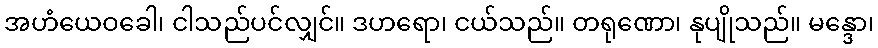
အဟံယေဝခေါ၊ ငါသည်ပင်လျှင်။ ဒဟရော၊ ငယ်သည်။ တရုဏော၊ နုပျိုသည်။ မန္ဒော၊